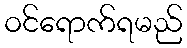
ဝင်ရောက်ရမည်